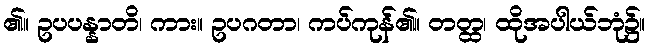
၏။ ဥပပန္နာတိ၊ ကား။ ဥပဂတာ၊ ကပ်ကုန်၏။ တတ္ထ၊ ထိုအပါယ်ဘုံ၌။